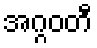
အဂ္ဂဝတီ